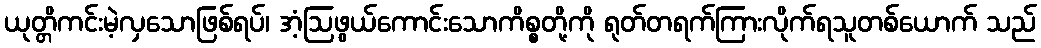
ယုတ္တိကင်းမဲ့လှသောဖြစ်ရပ်၊ အံ့ဩဖွယ်ကောင်းသောကိစ္စတို့ကို ရုတ်တရက်ကြားလိုက်ရသူတစ်ယောက် သည်